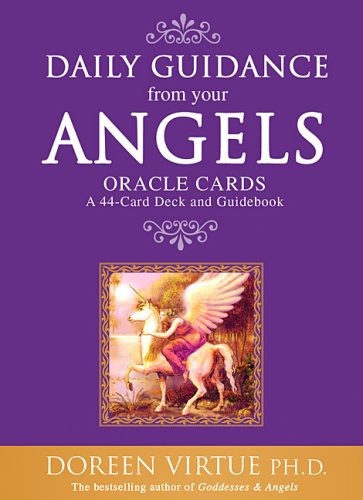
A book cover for Daily Guidance from Your Angels Oracle Cards: 44 cards plus booklet; Doreen Virtue; Religion & Spirituality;